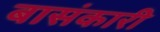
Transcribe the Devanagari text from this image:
बासंकारी